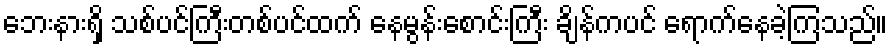
ဘေးနားရှိ သစ်ပင်ကြီးတစ်ပင်ထက် နေမွန်းစောင်းကြီး ချိန်ကပင် ရောက်နေခဲ့ကြသည်။